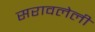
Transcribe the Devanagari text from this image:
सरावलेली